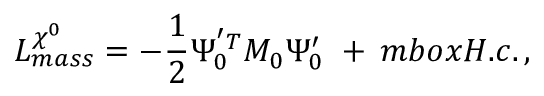
{ \cal L } _ { m a s s } ^ { \chi ^ { 0 } } = - { \frac { 1 } { 2 } } \Psi _ { 0 } ^ { ' T } { \cal M } _ { 0 } \Psi _ { 0 } ^ { \prime } \ + \, m b o x { H . c . } \, ,